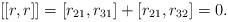
LaTeX: \begin{align*}[[r,r]]=[r_{21},r_{31}]+[r_{21},r_{32}]=0.\end{align*}